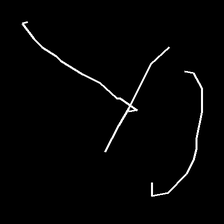
Glyph: dispersion